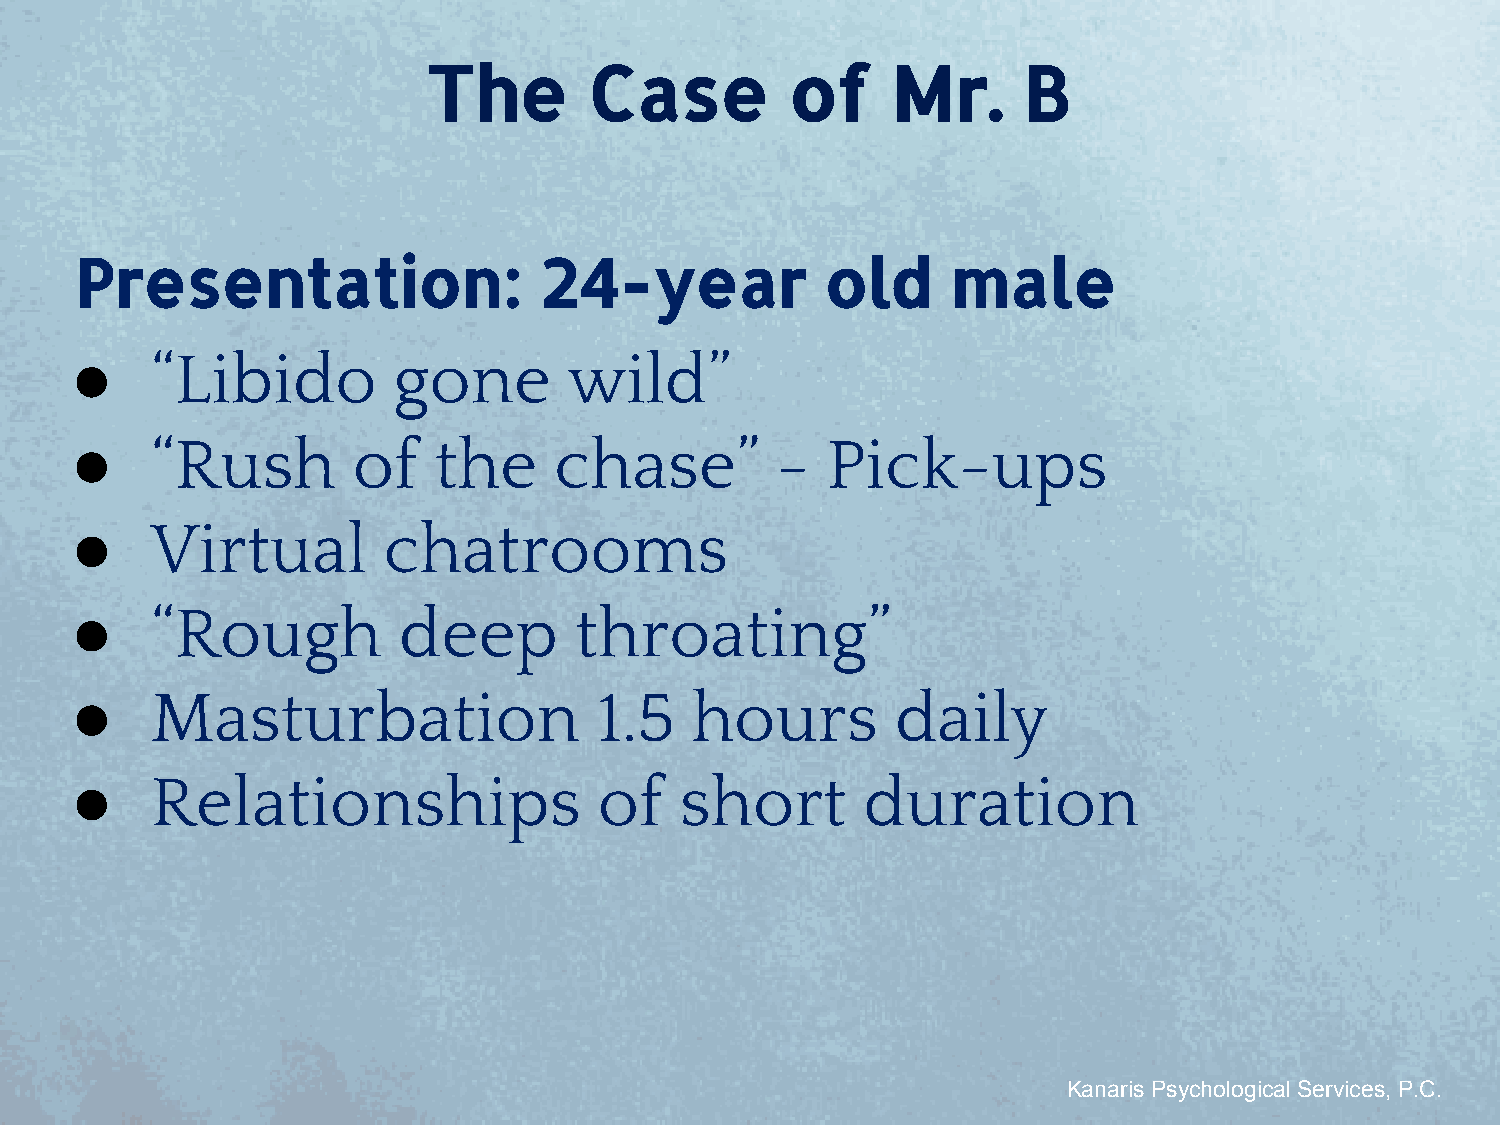
The        Case         of     Mr.      B
 Presentation:                  24-year            old     male
 ●    “Libido         gone        wild”
 ●    “Rush        of    the     chase”        -   Pick-ups
 ●    Virtual        chatrooms
 ●    “Rough          deep        throating”
 ●    Masturbation                  1.5   hours        daily
 ●    Relationships                 of   short       duration
 Kanaris Psychological Services, P.C.